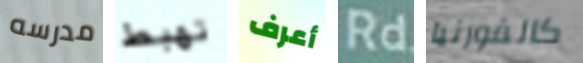
مدرسه تهبط أعرف Rd كالفورنيا